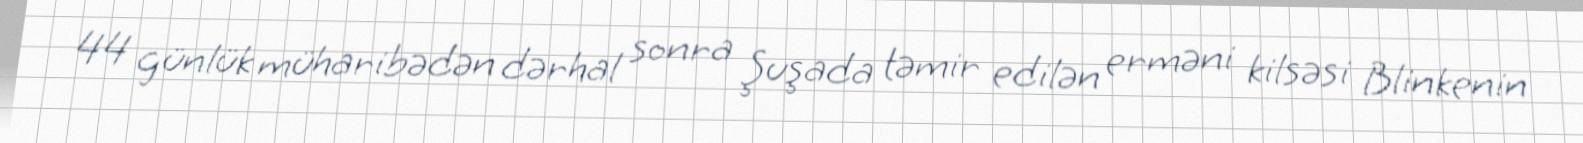
44 günlük müharibədən dərhal sonra Şuşada təmir edilən erməni kilsəsi Blinkenin